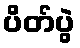
ပိတ်ပွဲ